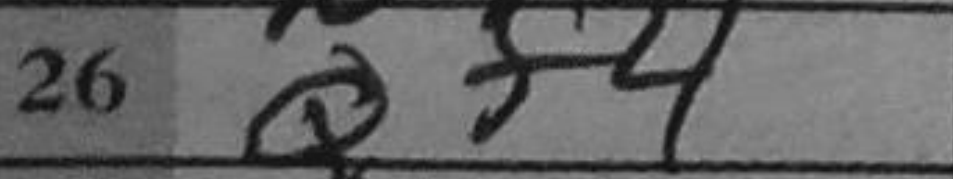
Transcription: Qf4